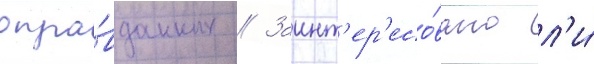
опра́вданных // Заинт'ер'есо́вано л'и́